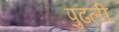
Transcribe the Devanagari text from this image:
पुढली